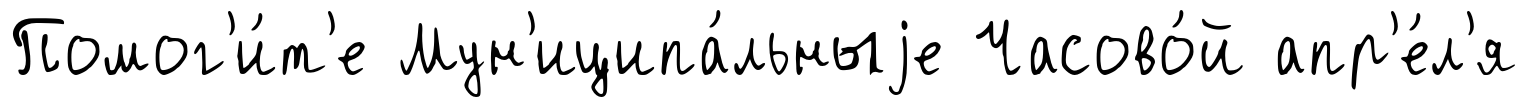
Помог'и́т'е Мун'иципа́льныjе Часово́й апр'е́л'я